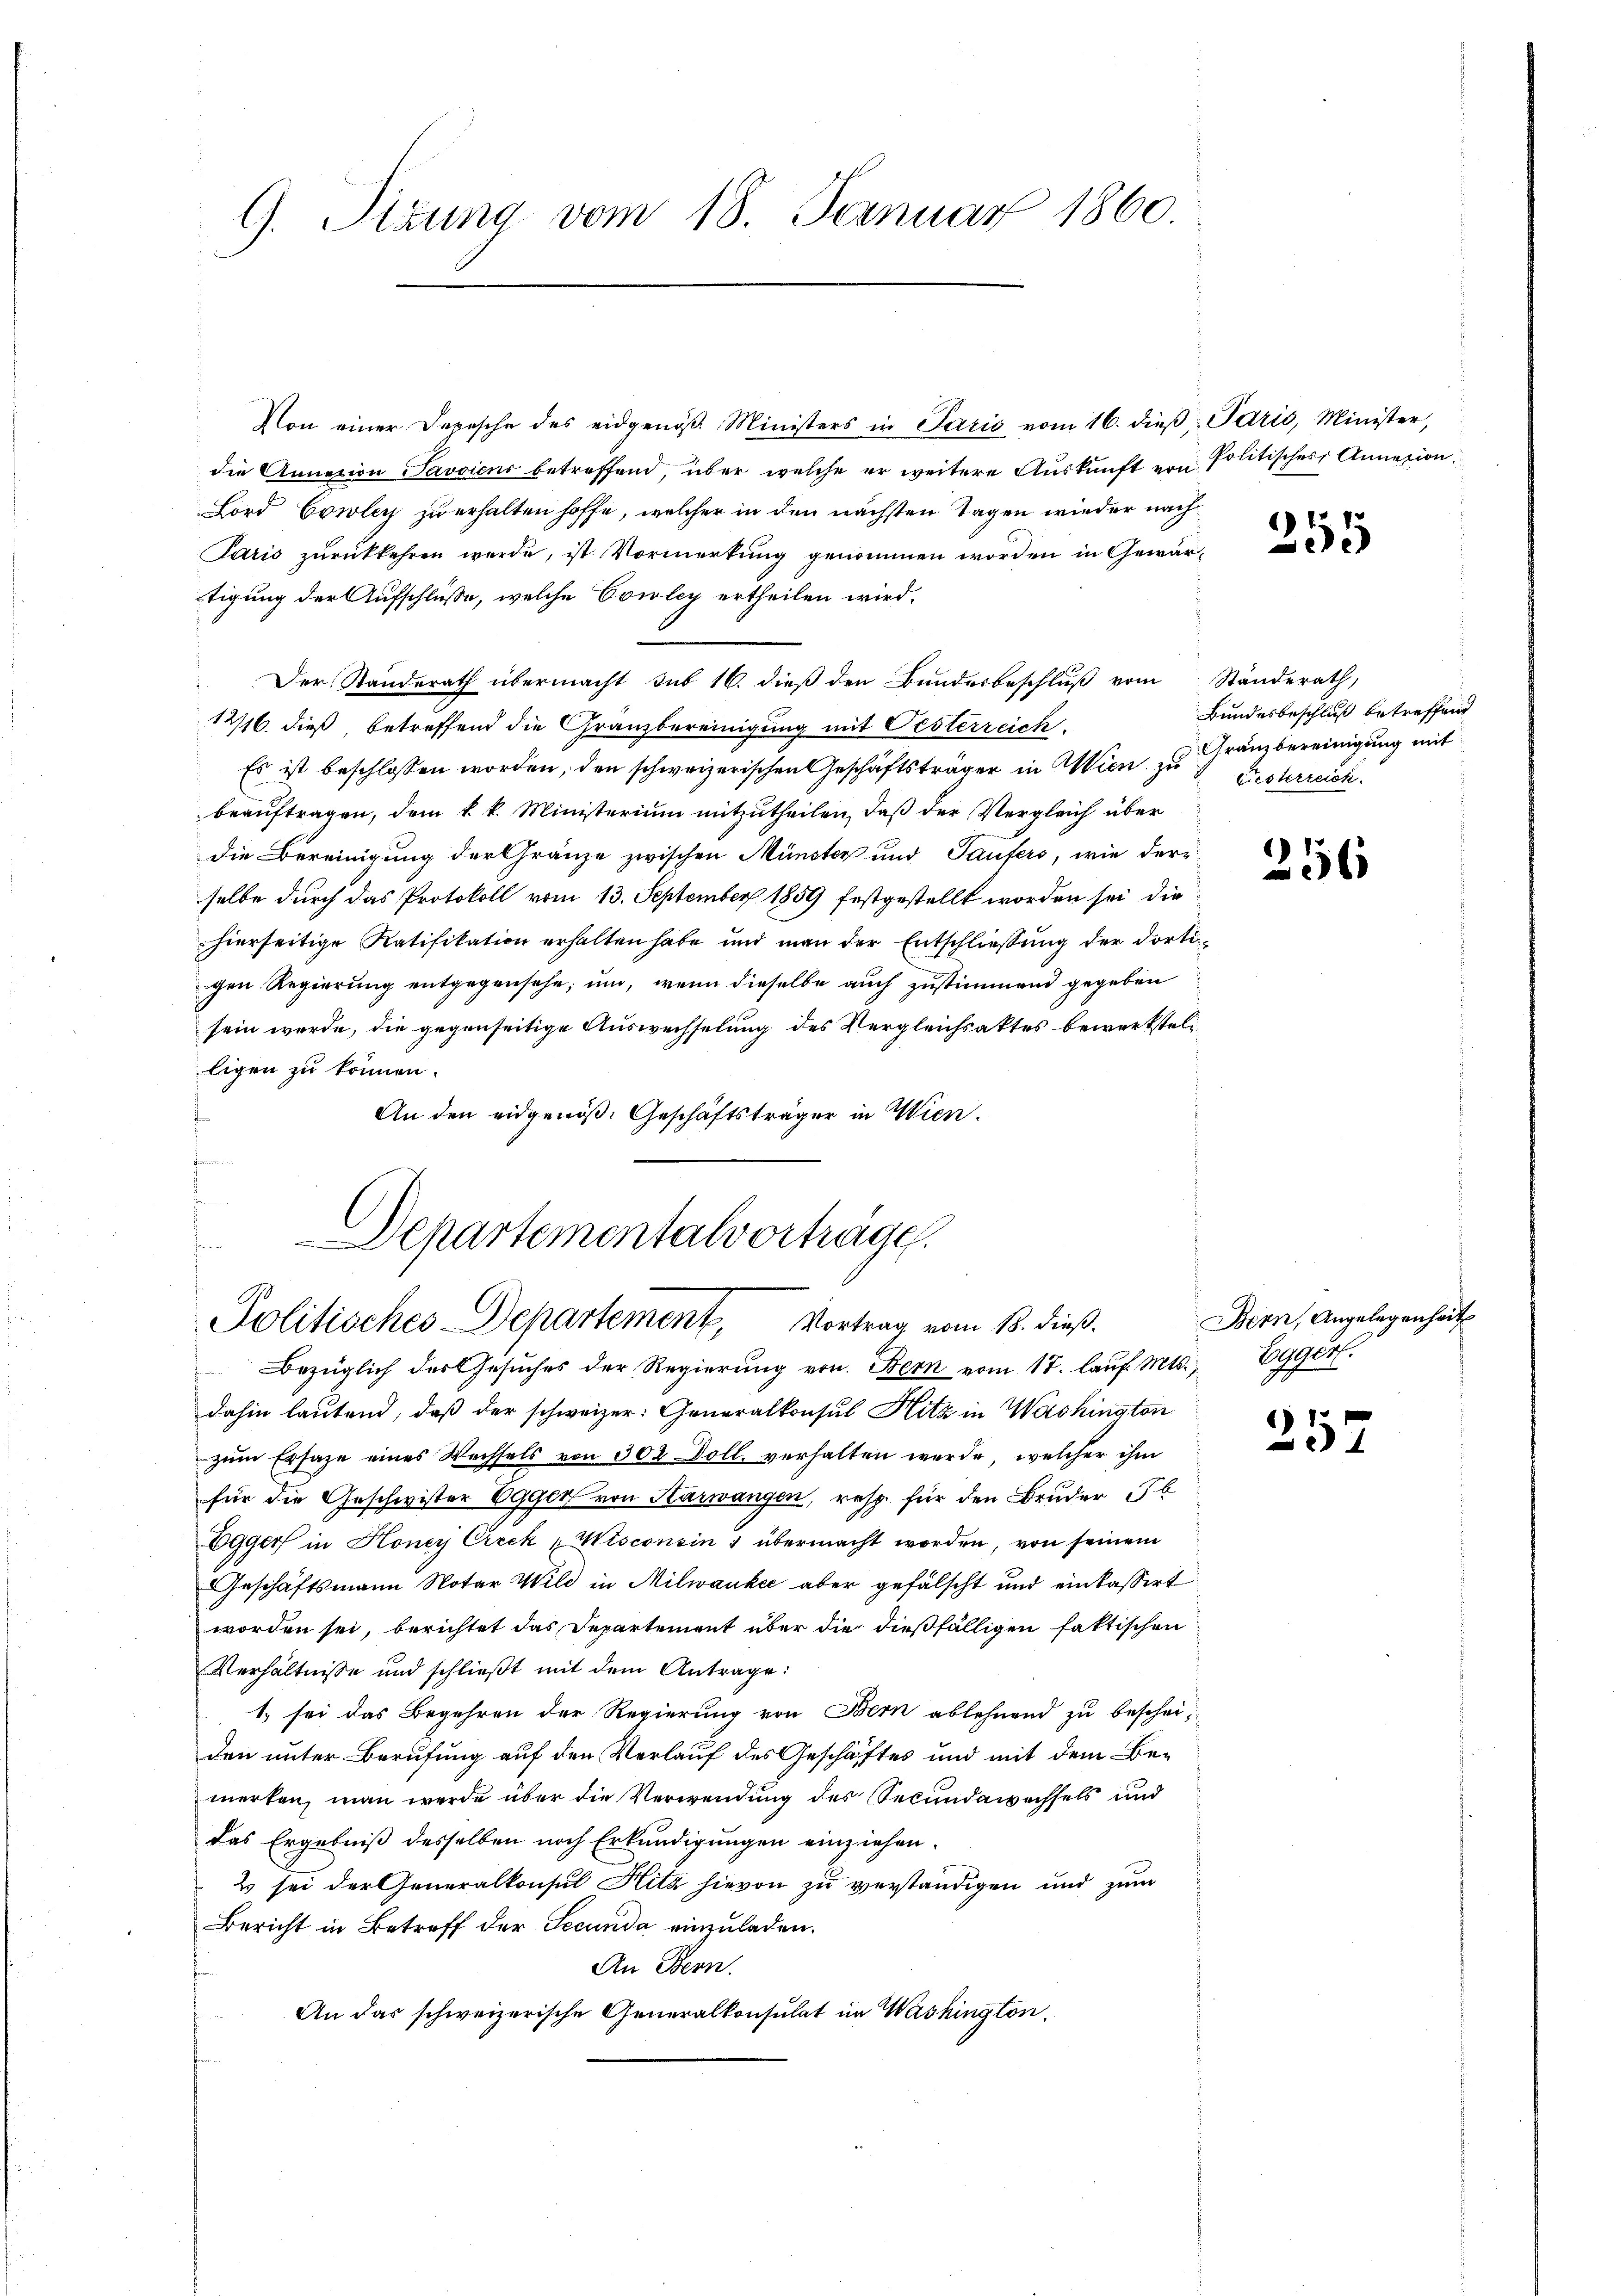
G. Sirung vom 18. Januar 1860.

Von einer Depesche des eidgenöß Ministers in Paris vom 16. dieβ Paris, Minister,
die Annation Savoieno betreffend, über welche er weitere Auskunft von Politisches Annexion
Lord Cowley zu erhalten hoffe, welcher in den nächsten Tagen wieder nach
Paris zurückkehren werde, ist Vormerkung genommen worden in Gewärtigung der Aufschlüße, welche Evioley ertheilen wird.
Der Standerath übermacht sub 16. dieß den Bundesbeschluß vom Ständerath,
1216. dieß betreffend die Granzbereinigung mit Oesterreich
Es ist beschlossen worden, den schweizerischen Geschäftsträger in Wien zu Besterreichbeauftragen, dem k. k. Ministerium mitzutheilen, daß der Vergleich über
die Bereinigung der Gränze zwischen Münster und Taufers, wie der
selbe durch das Protokoll vom 13. September 1859 festgestellt worden sei, die
hierseitige Ratifikation erhalten habe und man der Entschließung der dortigen Regierung entgegensehe, und, wenn dieselbe auch zustimmend gegeben
sein werde, die gegenseitige Auswechselung des Vergleichsattes bewerksteliligen zu können.
An den eidgenoß. Geschäftsträger in Wien.
Bezüglich des Gesuches der Regierung von Bern vom 17. laŭf. Mts., Egger.
dahin lautend, daß der schweizer: Generalkonsul Hitz in Washington
zum Ersatze eines Wechsels von 302 Doll. verhalten werde, welcher ihm
für die Geschwister Egger von Harwangen, resp. für den Bruder b
Egger in Honey Circk „Wisconsin & übermacht worden, von seinem
Geschäftsmann Notar Wild in Milwanke aber gefälscht und einkassirt
worden sei, berichtet das Departement über die dießfälligen faktischen
Verhältnisse und schließt mit dem Antrage:
1. sei das Begehren der Regierung von Bern ablehnend zu bescheiden unter Berufung auf den Verlauf des Geschäftes und mit dem Bemerken, man werde über die Verwendung des Secundawechsels und
das Ergebniß desselben noch Erkundigungen einziehen.
2 sei der Generalkonsul Hitz hievon zu verständigen und zum
Bericht in Betreff der Secunda einzuladen.
An Bern.
An das schweizerische Generalkonsulat im Washington.

a
Departementalvorträge.
Politisches Departement, Vortrag vom 18. dieß.

*)

Bundesbeschluß betreffend
Granzbereinigung mit

256

257

3

Bern, Angelegenheit